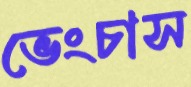
ভেংচাস